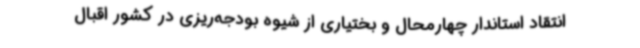
انتقاد استاندار چهارمحال و بختیاری از شیوه بودجه‌ریزی در کشور اقبال